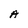
Character: A